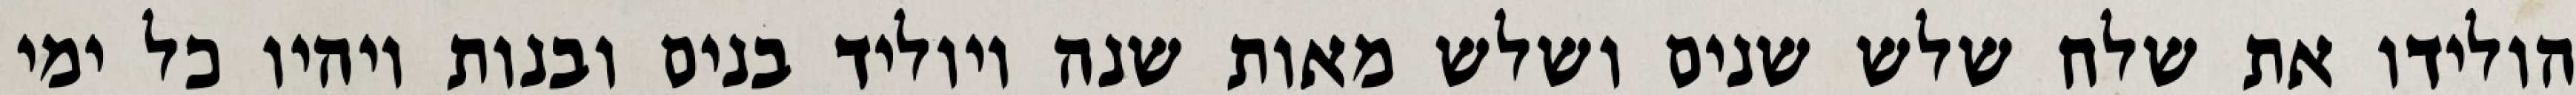
הולידו את שלח שלש שנים ושלש מאות שנה ויוליד בנים ובנות ויהיו כל ימי